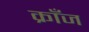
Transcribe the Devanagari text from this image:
क्राँज